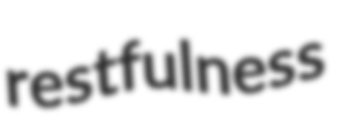
restfulness